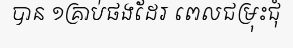
បាន ១គ្រាប់ផងដែរ ពេលជម្រុះជុំ